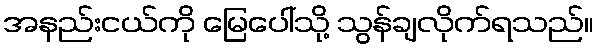
အနည်းငယ်ကို မြေပေါ်သို့ သွန်ချလိုက်ရသည်။